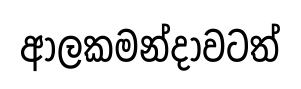
ආලකමන්දාවටත්